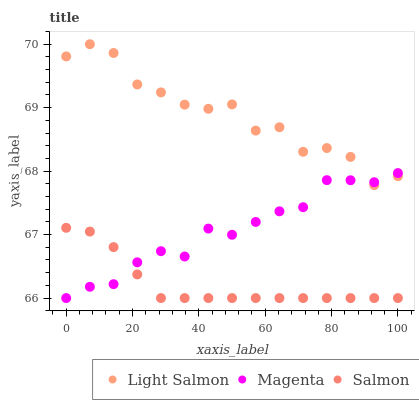
| xaxis_label | Light Salmon | Magenta | Salmon |
 | --- | --- | --- | --- |
 | 0 | 69.8 | 66 | 67.1 |
 | 7.14 | 70 | 66.2 | 67 |
 | 14.3 | 69.9 | 66.2 | 66.8 |
 | 21.4 | 69.4 | 66.6 | 66.4 |
 | 28.6 | 69.2 | 66.7 | 66 |
 | 35.7 | 69 | 66.7 | 66 |
 | 42.9 | 69 | 67.1 | 66 |
 | 50 | 69.1 | 67 | 66 |
 | 57.1 | 68.6 | 67.2 | 66 |
 | 64.3 | 68.7 | 67.4 | 66 |
 | 71.4 | 68.3 | 67.4 | 66 |
 | 78.6 | 68.4 | 67.9 | 66 |
 | 85.7 | 68.2 | 67.9 | 66 |
 | 92.9 | 67.8 | 67.8 | 66 |
 | 100 | 67.9 | 68 | 66 |